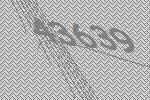
43639